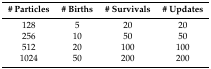
<table><thead><tr><td><b># Particles</b></td><td><b># Births</b></td><td><b># Survivals</b></td><td><b># Updates</b></td></tr></thead><tbody><tr><td>128</td><td>5</td><td>20</td><td>20</td></tr><tr><td>256</td><td>10</td><td>50</td><td>50</td></tr><tr><td>512</td><td>20</td><td>100</td><td>100</td></tr><tr><td>1024</td><td>50</td><td>200</td><td>200</td></tr></tbody></table>